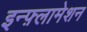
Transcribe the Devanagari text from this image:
इन्फ़्लामेशन